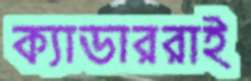
ক্যাডাররাই